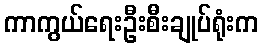
ကာကွယ်ရေးဦးစီးချုပ်ရုံးက